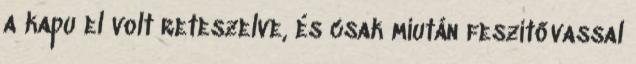
a kapu el volt reteszelve, és csak miután feszítővassal